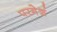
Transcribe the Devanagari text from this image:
परमेशं